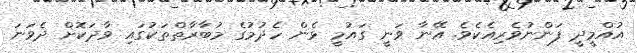
އުއްމީދީ ފަންނުވެރިއެކެވެ. އޭނާ ވަނީ ގައުމީ ޅެން ހެދުމުގެ މުބާރާތްތަކުގައި ވާދަކޮށް ދެވަނަ